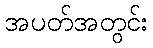
အပတ်အတွင်း